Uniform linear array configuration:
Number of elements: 64
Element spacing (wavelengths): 0.75
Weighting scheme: cosine
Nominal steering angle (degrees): -15
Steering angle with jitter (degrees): -16.112
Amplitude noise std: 0.05
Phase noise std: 0.05

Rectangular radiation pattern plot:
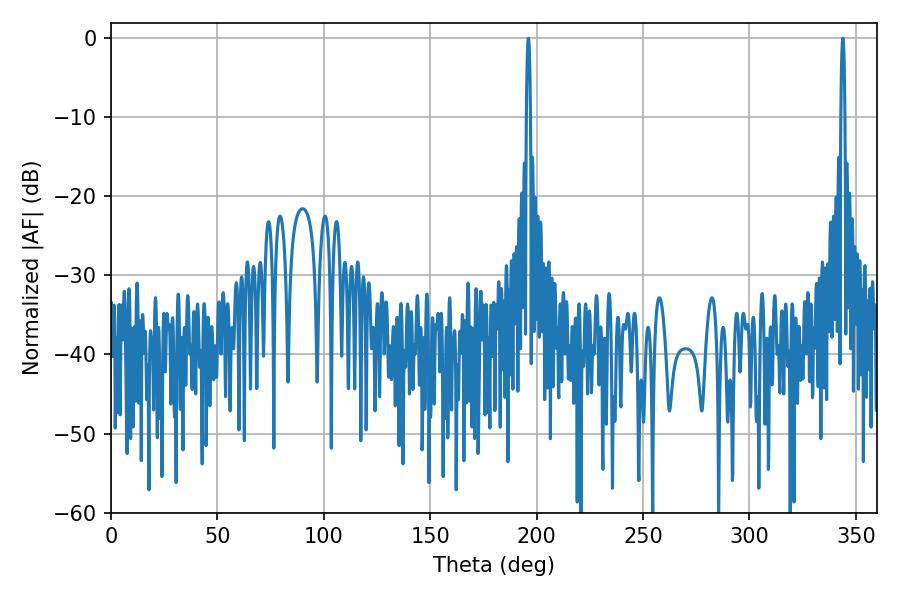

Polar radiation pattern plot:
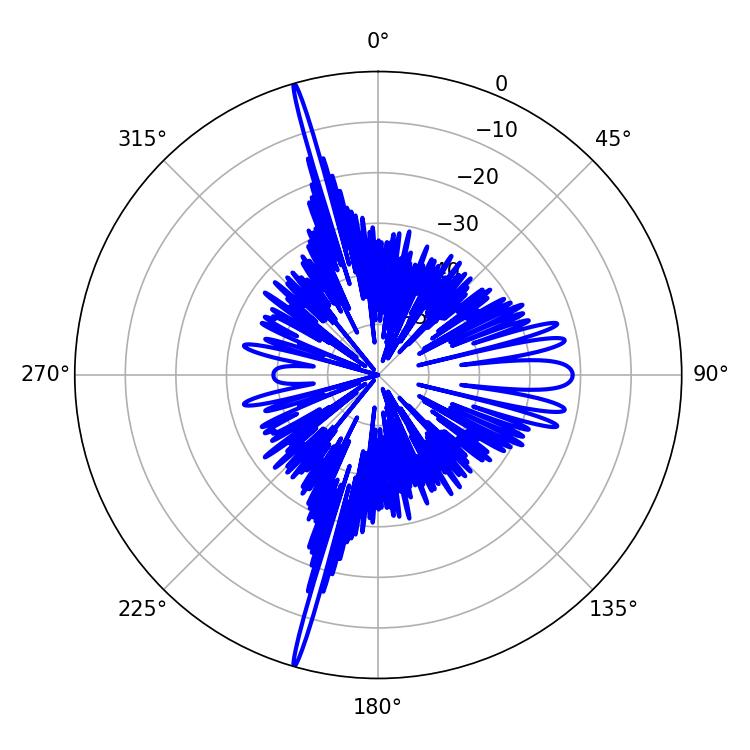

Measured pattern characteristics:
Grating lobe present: TRUE
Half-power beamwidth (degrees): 0.9
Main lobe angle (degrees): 343.8